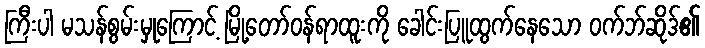
ကြီးပါ မသန်စွမ်းမှုကြောင့် မြို့တော်ဝန်ရာထူးကို ခေါင်းပြူထွက်နေသော ဝက်ဘ်ဆိုဒ်၏